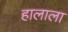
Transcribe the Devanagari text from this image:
हालाला